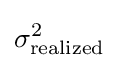
\sigma _{\text{realized}}^{2}